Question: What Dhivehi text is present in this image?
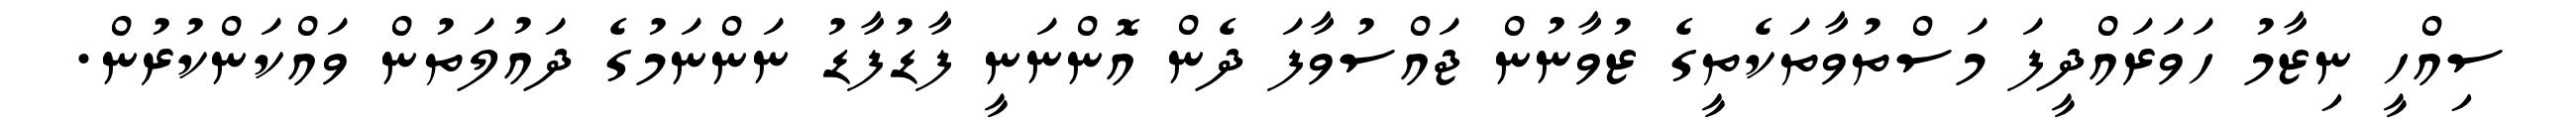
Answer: ސިއްހީ ނިޒާމު ހަވަރައްދީފަ މަސްތުވާތަކެތީގެ ޒުވާނުން ޖައްސުވާފަ ދެން އޮންނަނީ ފާޑުފާޑު ނަންނަމުގެ ދައުލަތުން ވައްކަންކުރުން.